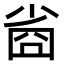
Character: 𡮀